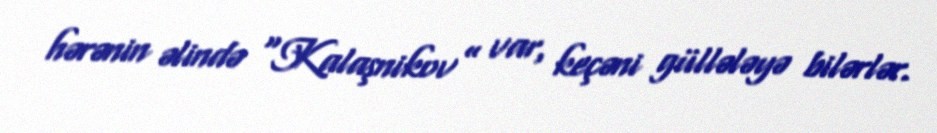
hərənin əlində “Kalaşnikov” var, keçəni güllələyə bilərlər.